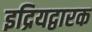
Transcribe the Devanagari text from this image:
इद्रियद्वारक